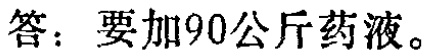
答：要加90公斤药液。